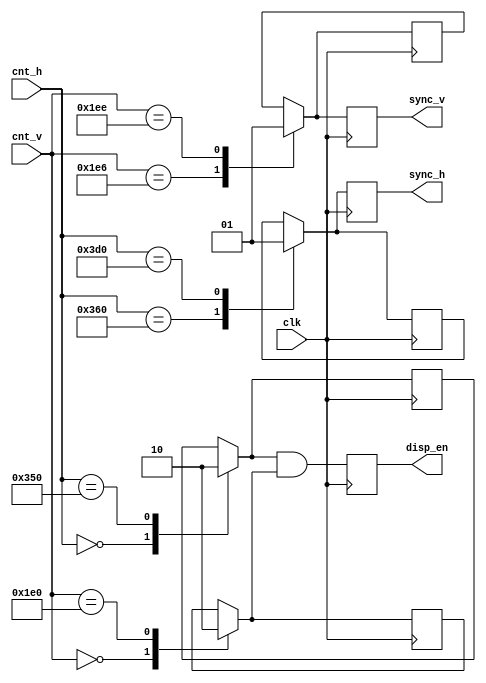
`define IDH 0   // In display horizontal 
`define IDV 0   // In display vertical
`define ODH 848 // Out of display horizontal 
`define ODV 480 // Out of display vertical
`define HFP 16  // Horizontal front porch
`define HS  112 // Horizontal sync
`define VFP 6	 // Vertical front porch
`define VS  8   // Vertical sync
`define HBP 112 // Horizontal back porch
`define VBP 23  // Vertical back porch

module synchronizer(
	input  wire        clk,
	input  wire [10:0] cnt_h,
	input  wire [9:0]  cnt_v,
	output reg         sync_h,
	output reg         sync_v,
	output reg         disp_en     
);

	reg h_disp_band;
	reg v_disp_band;
	reg h_sync_band;
	reg v_sync_band;

	always @(posedge clk) begin
		case(cnt_h) 
			`IDH:	      		 h_disp_band = 1;
			`ODH:              h_disp_band = 0;
			`ODH + `HFP:       h_sync_band = 0;
			`ODH + `HFP + `HS: h_sync_band = 1;
		endcase
		
		case(cnt_v) 
			`IDV:					 v_disp_band = 1;
			`ODV:              v_disp_band = 0;
			`ODV + `VFP:       v_sync_band = 0;
			`ODV + `VFP + `VS: v_sync_band = 1;
		endcase
		
		sync_h <= h_sync_band;
		sync_v <= v_sync_band;
		disp_en <= (h_disp_band & v_disp_band);
	end
endmodule